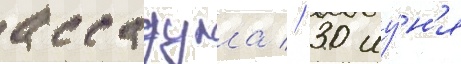
ассадулла // 30 иу́н'я